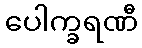
ပေါက္ခရဏီ